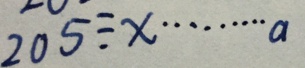
2 0 5 \div x \cdots a